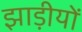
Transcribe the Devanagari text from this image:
झाड़ीयों